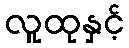
လူထုနှင့်